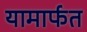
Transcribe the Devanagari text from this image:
यामार्फत